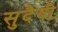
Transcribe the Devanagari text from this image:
सुदैवी